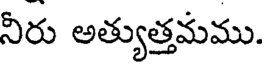
నీరు అత్యుత్తమము.